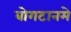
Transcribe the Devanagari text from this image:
बोगटानमे